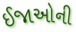
ઈજાઓની